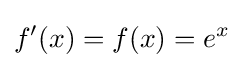
f'(x)=f(x)=e^{x}